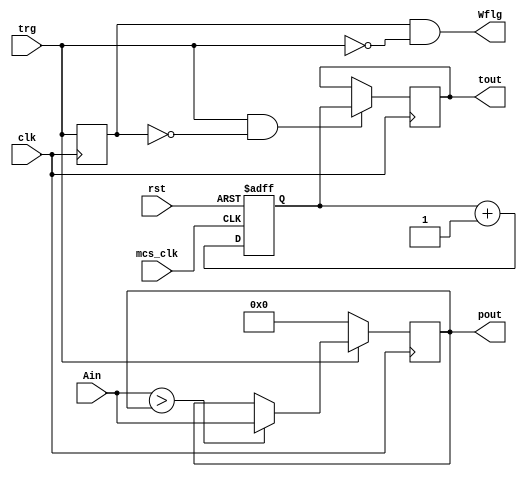
`timescale 1ns / 1ps

//v1 : 20220210
//v2 : 20220509 : divided into peak ditect clk and counter clk

module mcamcs_v3(clk,mcs_clk,trg,rst,Ain,pout,tout,Wflg);
	input clk;			//125MHz.
	input mcs_clk;		//divided clk.
	input rst;			//H:reset.
	input trg;
	input [13:0] Ain;	//analog input (signed ).
	output signed [13:0]pout;	//peak data out.
	output [17:0]tout;	//timing data out.
	output Wflg;		//FIFO wright flag.
	
	wire signed [13:0] step0;			//signed input
	
	reg trgreg;			//need to trg edge ditect.
	reg [10:0]  Wincnt;	//time window count.
	
	reg [17:0] timing;	//current timing data.
	reg [17:0] cnt;		//counter. reset by rst.
	reg sync_rst;
	
	(* dont_touch = "true" *) reg signed [13:0] peak;	//current peak data.
	
	//counter. reset by rst.
	always@(posedge mcs_clk or posedge rst)begin
	   if(rst)
	      cnt <= 18'h0_0000;
	   else
		  cnt <= cnt+1;
	end
	
	always@(posedge clk)begin
		if(rst)
			sync_rst<=1'b1;
		else
			sync_rst<=sync_rst;
	end
	
	//genelate before 1clock trg input.
	always@(posedge clk)begin
		trgreg <= trg;
	end
	
	//timewindow cont. start by trg edge. stop by overflow.
	always@(posedge clk)begin
		if(Wincnt)
			Wincnt <= Wincnt+1;
		else if(trg&(~trgreg))	//trg edge.
			Wincnt <=11'h001;
		else
			Wincnt <=11'h000;
	end
	
	//capcher peak data, when timewindow is counting.
	always@(posedge clk)begin
		if(trg)
			if(step0 > peak)
				peak <= step0;
			else
				peak <= peak;
		else
			peak <= 14'h0000;
	end
	
	//timingdata set, when trg edge.
	always@(posedge clk)begin
		if(trg & (~trgreg))
			timing <= cnt;
		else
			timing <= timing;
	end
	
	//offset binary to signed data
	assign step0 =Ain;
	
	assign pout = peak;		//peak data out.
	assign tout = timing;	//timing data out.
	assign Wflg = trgreg &(~trg);	//1clock palse flag when Wincnt = 0x00.
	
endmodule

//rst conect to external reset. Do not conect system reset from cpu.
//-> OK: conect to (external reset OR system) reset.